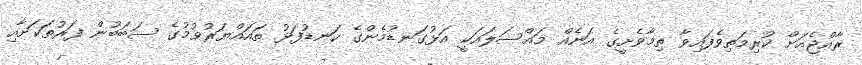
ރާއްޖެއަށް ކުރިމަތިވެފައިވާ ތިމާވެށީގެ އަނެއް މައްސަލައަކީ އަޅުގަނޑުމެންގެ ކަނޑުފަޅު ތައައްޔަރުވުމުގެ ސަބަބުން ފަރުތަކަށާއި